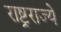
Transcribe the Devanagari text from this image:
राष्ट्रराज्ये